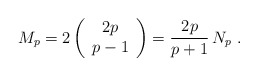
\begin{align*}M_p = 2\left(\begin{array}{c}2p\\ p-1 \end{array}\right) = \frac{2p}{p+1}\, N_p \ .\end{align*}